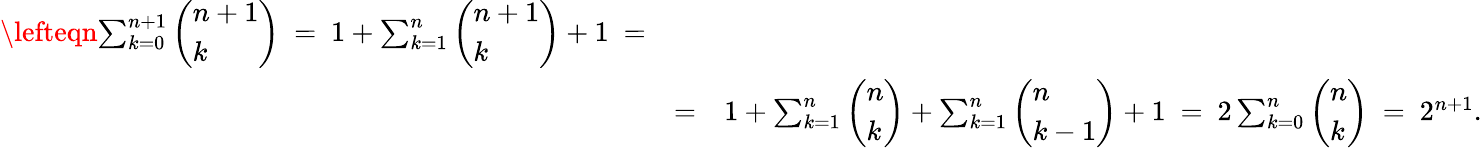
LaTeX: \begin{array}{rlr}{\lefteqn{\sum_{k=0}^{n+1}\left(\begin{array}{l}{n+1}\\ {k}\end{array}\right)\ =\ 1+\sum_{k=1}^{n}\left(\begin{array}{l}{n+1}\\ {k}\end{array}\right)+1\ =}}\\ &{=}&{1+\sum_{k=1}^{n}\left(\begin{array}{l}{n}\\ {k}\end{array}\right)+\sum_{k=1}^{n}\left(\begin{array}{l}{n}\\ {k-1}\end{array}\right)+1\ =\ 2\sum_{k=0}^{n}\left(\begin{array}{l}{n}\\ {k}\end{array}\right)\ =\ 2^{n+1}.}\end{array}